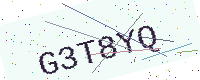
Text: G3T8YQ